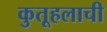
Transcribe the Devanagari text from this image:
कुतूहलाची